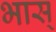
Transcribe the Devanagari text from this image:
भास्